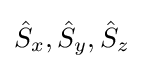
{\hat {S}}_{x},{\hat {S}}_{y},{\hat {S}}_{z}